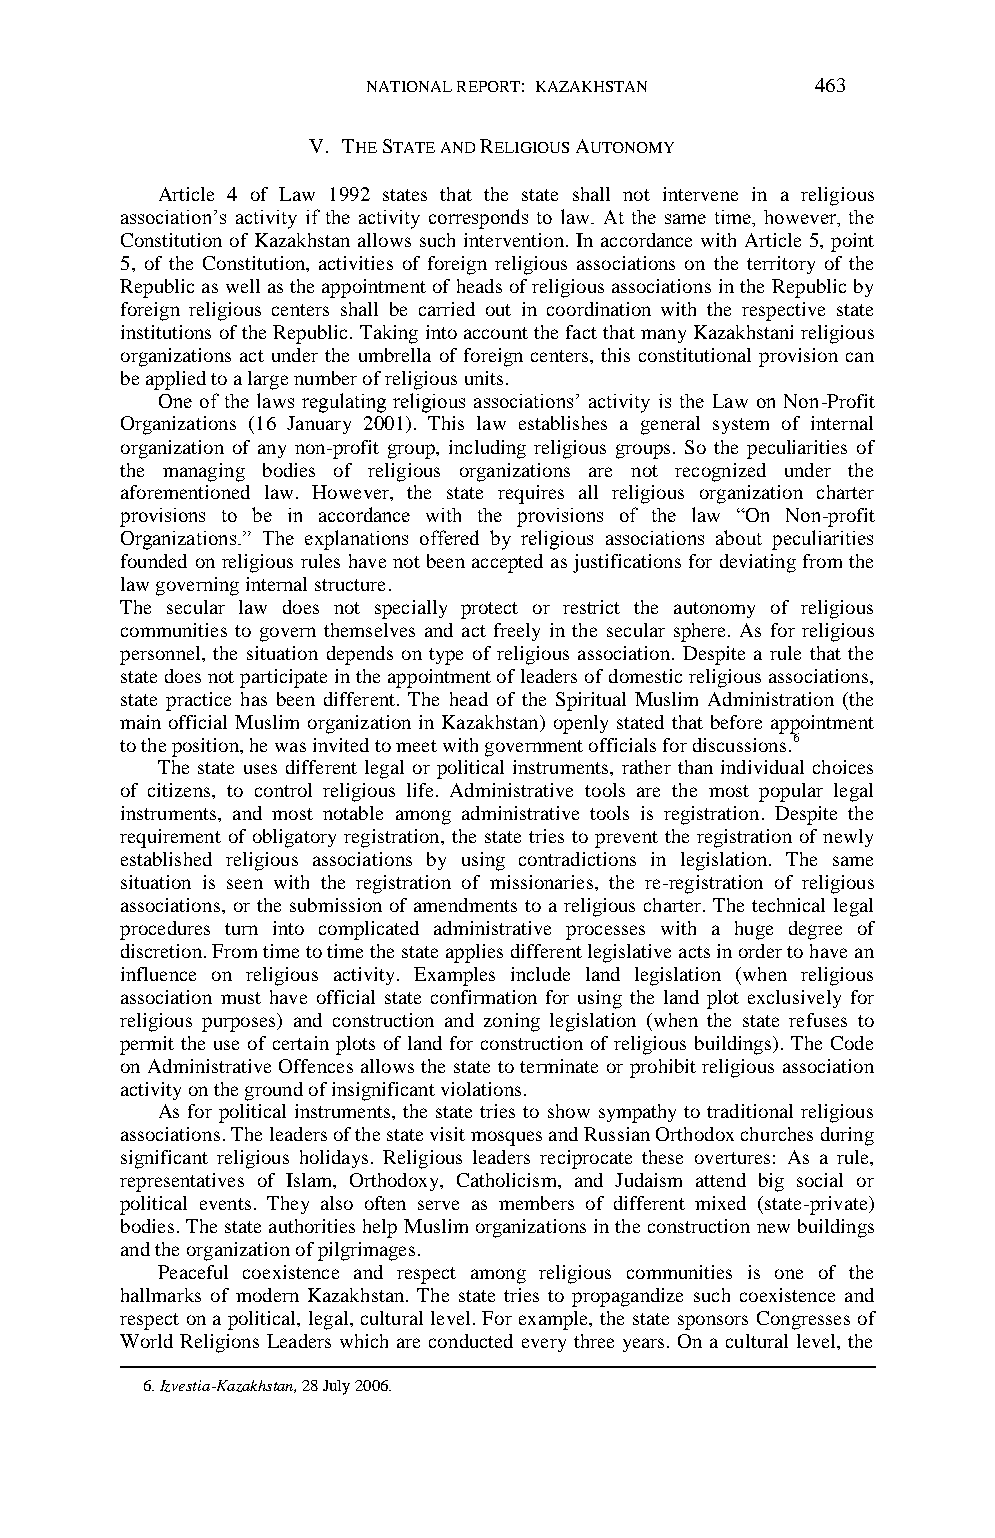
NATIONAL REPORT: KAZAKHSTAN   463
 V. THE STATE AND RELIGIOUS AUTONOMY
 Article 4 of Law 1992 states that the state shall not intervene in a religious
 association‟s activity if the activity corresponds to law. At the same time, however, the
 Constitution of Kazakhstan allows such intervention. In accordance with Article 5, point
 5, of the Constitution, activities of foreign religious associations on the territory of the
 Republic as well as the appointment of heads of religious associations in the Republic by
 foreign religious centers shall be carried out in coordination with the respective state
 institutions of the Republic. Taking into account the fact that many Kazakhstani religious
 organizations act under the umbrella of foreign centers, this constitutional provision can
 be applied to a large number of religious units.
 One of the laws regulating religious associations‟ activity is the Law on Non-Profit
 Organizations (16 January 2001). This law establishes a general system of internal
 organization of any non-profit group, including religious groups. So the peculiarities of
 the managing bodies of religious organizations are not recognized under the
 aforementioned law. However, the state requires all religious organization charter
 provisions to be in accordance with the provisions of the law “On Non-profit
 Organizations.” The explanations offered by religious associations about peculiarities
 founded on religious rules have not been accepted as justifications for deviating from the
 law governing internal structure.
 The secular law does not specially protect or restrict the autonomy of religious
 communities to govern themselves and act freely in the secular sphere. As for religious
 personnel, the situation depends on type of religious association. Despite a rule that the
 state does not participate in the appointment of leaders of domestic religious associations,
 state practice has been different. The head of the Spiritual Muslim Administration (the
 main official Muslim organization in Kazakhstan) openly stated that before appointment
 to the position, he was invited to meet with government officials for discussions.6
 The state uses different legal or political instruments, rather than individual choices
 of citizens, to control religious life. Administrative tools are the most popular legal
 instruments, and most notable among administrative tools is registration. Despite the
 requirement of obligatory registration, the state tries to prevent the registration of newly
 established religious associations by using contradictions in legislation. The same
 situation is seen with the registration of missionaries, the re-registration of religious
 associations, or the submission of amendments to a religious charter. The technical legal
 procedures turn into complicated administrative processes with a huge degree of
 discretion. From time to time the state applies different legislative acts in order to have an
 influence on religious activity. Examples include land legislation (when religious
 association must have official state confirmation for using the land plot exclusively for
 religious purposes) and construction and zoning legislation (when the state refuses to
 permit the use of certain plots of land for construction of religious buildings). The Code
 on Administrative Offences allows the state to terminate or prohibit religious association
 activity on the ground of insignificant violations.
 As for political instruments, the state tries to show sympathy to traditional religious
 associations. The leaders of the state visit mosques and Russian Orthodox churches during
 significant religious holidays. Religious leaders reciprocate these overtures: As a rule,
 representatives of Islam, Orthodoxy, Catholicism, and Judaism attend big social or
 political events. They also often serve as members of different mixed (state-private)
 bodies. The state authorities help Muslim organizations in the construction new buildings
 and the organization of pilgrimages.
 Peaceful coexistence and respect among religious communities is one of the
 hallmarks of modern Kazakhstan. The state tries to propagandize such coexistence and
 respect on a political, legal, cultural level. For example, the state sponsors Congresses of
 World Religions Leaders which are conducted every three years. On a cultural level, the
 6. Izvestia-Kazakhstan, 28 July 2006.